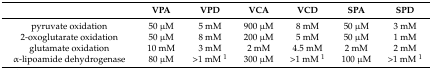
|  | VPA | VPD | VCA | VCD | SPA | SPD |
 | --- | --- | --- | --- | --- | --- | --- |
 | pyruvate oxidation | 50 μM | 5 mM | 900 μM | 8 mM | 50 μM | 3 mM |
 | 2-oxoglutarate oxidation | 50 μM | 8 mM | 200 μM | 5 mM | 50 μM | 1 mM |
 | glutamate oxidation | 10 mM | 3 mM | 2 mM | 4.5 mM | 2 mM | 2 mM |
 | α-lipoamide dehydrogenase | 80 μM | >1 mM 1 | 300 μM | >1 mM 1 | 100 μM | >1 mM 1 |